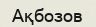
Ақбозов